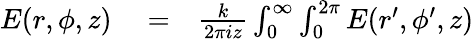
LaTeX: \begin{array}{rlr}{E(r,\phi,z)}&{{}=}&{\frac{k}{2\pi iz}\int_{0}^{\infty}\int_{0}^{2\pi}E(r^{\prime},\phi^{\prime},z)}\end{array}